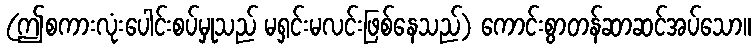
(ဤစကားလုံးပေါင်းစပ်မှုသည် မရှင်းမလင်းဖြစ်နေသည်) ကောင်းစွာတန်ဆာဆင်အပ်သော။